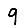
Digit: 9